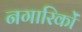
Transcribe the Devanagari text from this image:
नगारिकों